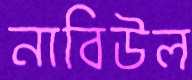
নাবিউল